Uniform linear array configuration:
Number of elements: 32
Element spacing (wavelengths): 0.25
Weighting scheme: binomial
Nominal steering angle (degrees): -30
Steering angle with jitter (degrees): -29.381
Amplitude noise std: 0.05
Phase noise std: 0.05

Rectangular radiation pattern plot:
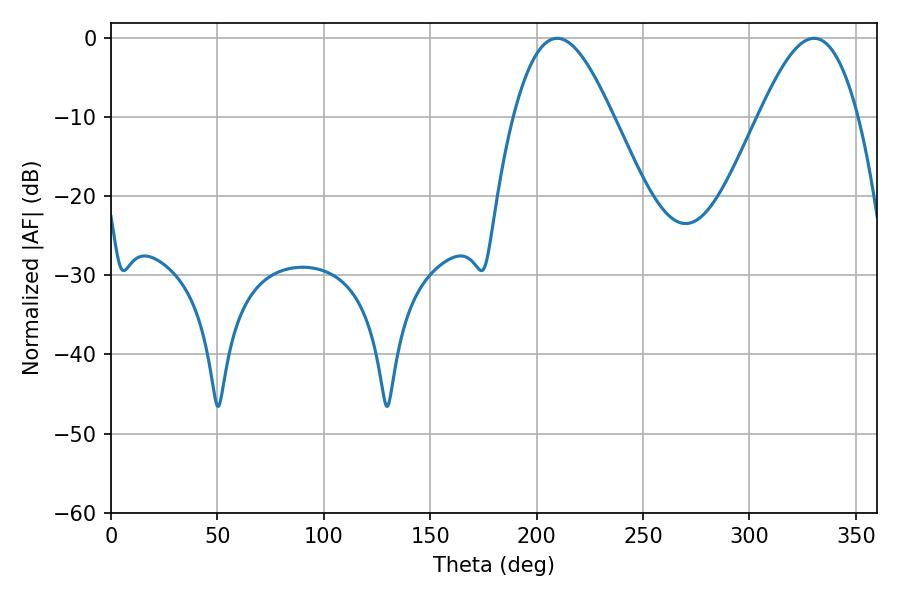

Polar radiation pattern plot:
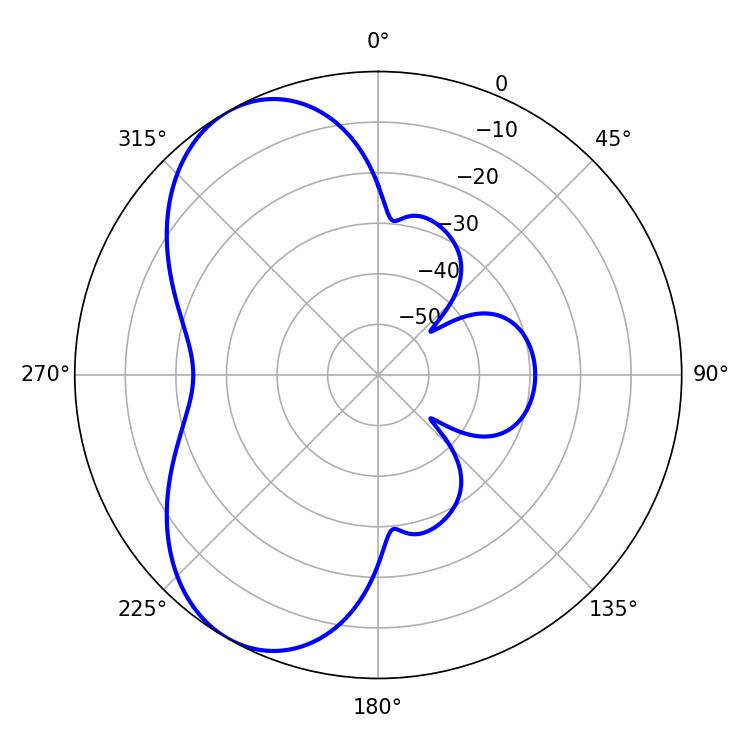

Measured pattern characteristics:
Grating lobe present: FALSE
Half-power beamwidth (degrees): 25.2
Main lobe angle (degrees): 209.7